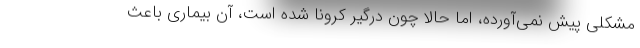
مشکلی پیش نمی‌آورده، اما حالا چون درگیر کرونا شده است، آن بیماری باعث